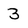
Character: 3